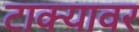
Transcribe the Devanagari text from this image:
टाक्यावर